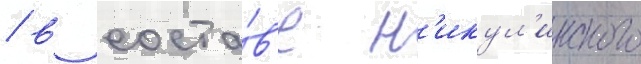
/ в соста́в'е н'икул'инского